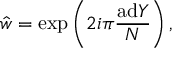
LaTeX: \hat { w } = \exp \left( 2 i \pi { \frac { \mathrm { a d } Y } { N } } \right) ,